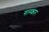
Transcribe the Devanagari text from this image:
गल्प्कार